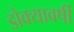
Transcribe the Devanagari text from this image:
डोक्यावर्षी